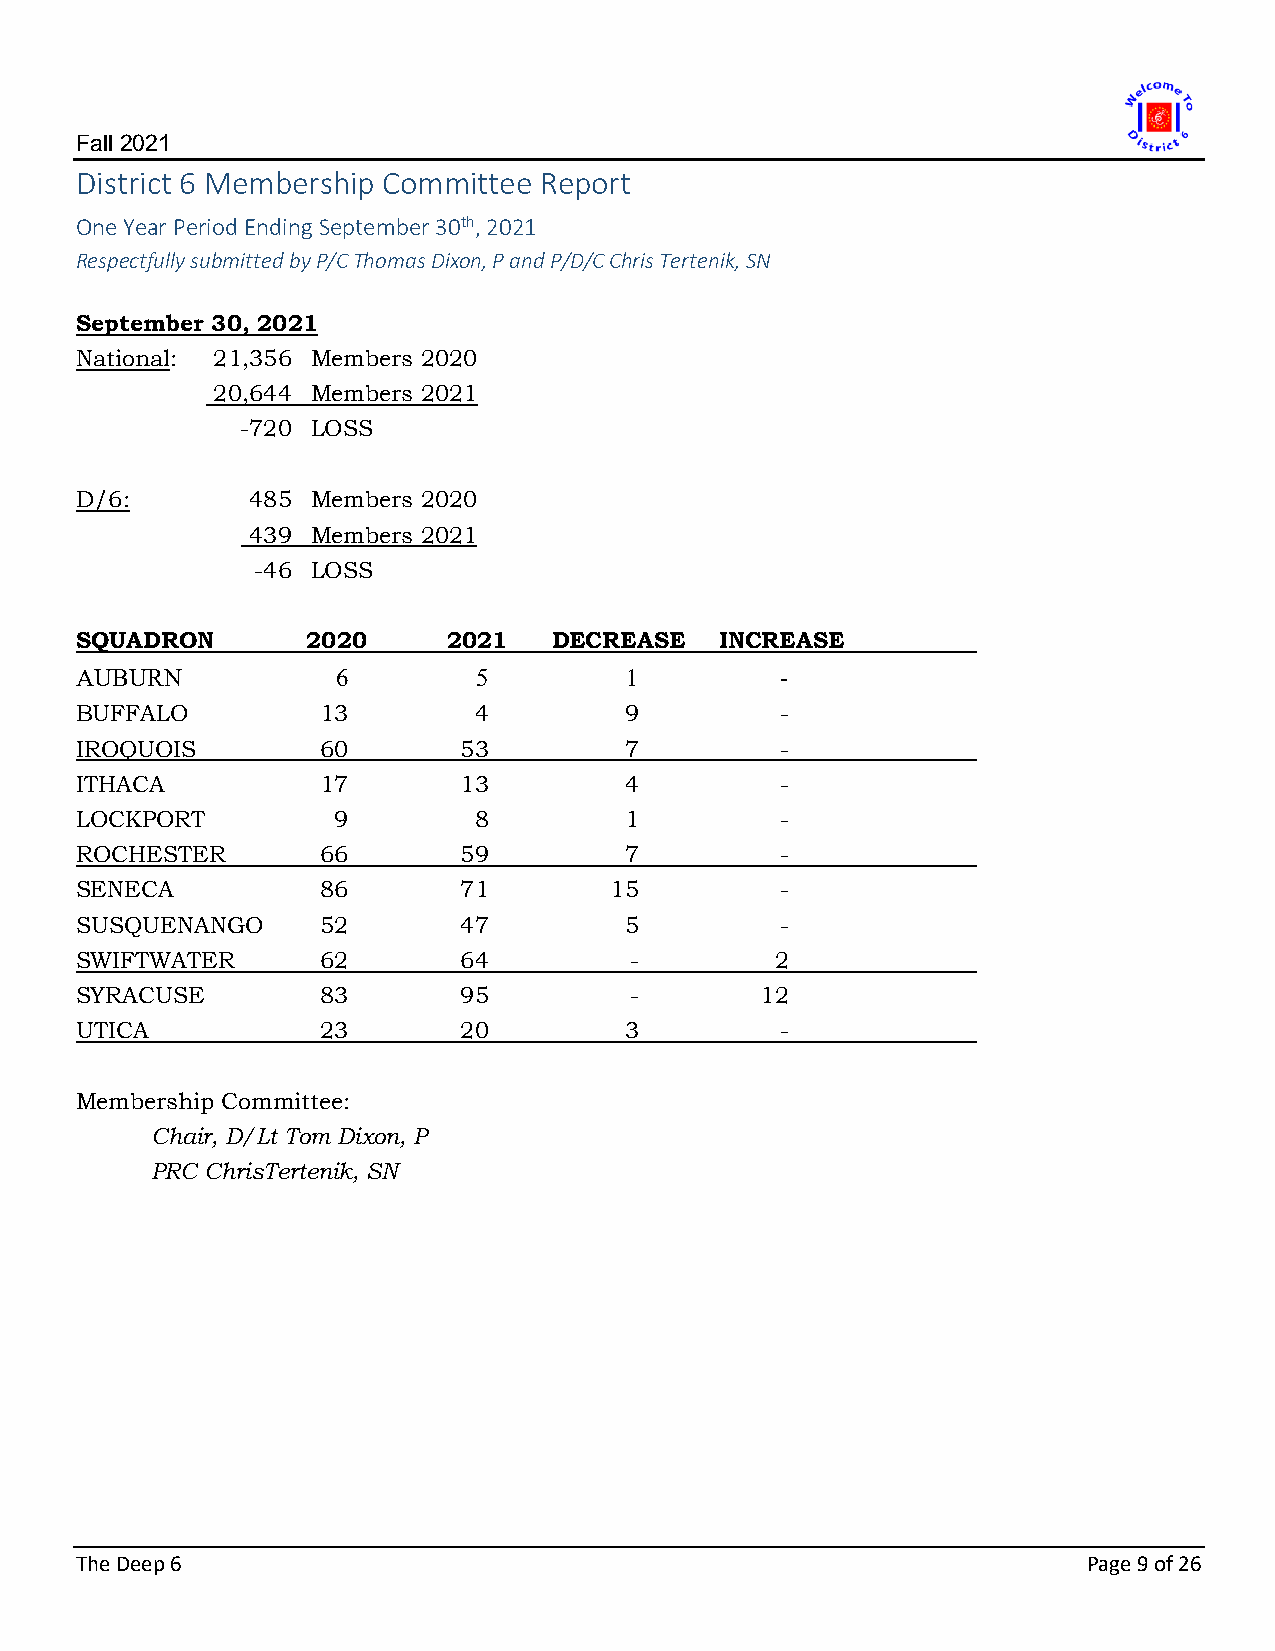
Fall 2021
 District 6 Membership Committee Report
 One Year Period Ending September 30th, 2021
 Respectfully submitted by P/C Thomas Dixon, P and P/D/C Chris Tertenik, SN
 September 30, 2021
 National: 21,356 Members 2020
 20,644 Members 2021
 -720 LOSS
 D/6:       485  Members 2020
 439  Members 2021
 -46 LOSS
 SQUADRON       2020      2021   DECREASE   INCREASE
 AUBURN           6         5        1          -
 BUFFALO         13        4         9          -
 IROQUOIS        60       53         7          -
 ITHACA          17       13         4          -
 LOCKPORT         9        8         1          -
 ROCHESTER       66       59         7          -
 SENECA          86       71        15          -
 SUSQUENANGO     52       47         5          -
 SWIFTWATER      62       64          -        2
 SYRACUSE        83       95          -       12
 UTICA           23       20         3          -
 Membership Committee:
 Chair, D/Lt Tom Dixon, P
 PRC ChrisTertenik, SN
 The Deep 6                                                         Page 9 of 26